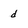
Character: d